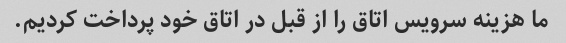
ما هزینه سرویس اتاق را از قبل در اتاق خود پرداخت کردیم.